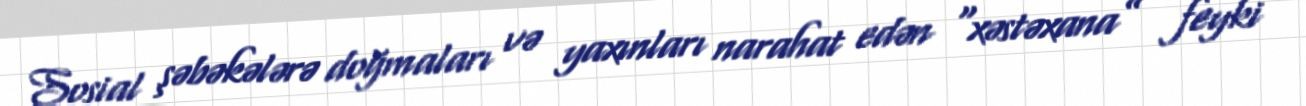
Sosial şəbəkələrə doğmaları və yaxınları narahat edən “xəstəxana” feyki